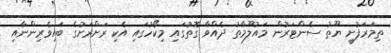
ތިމަރަފުށީ ޔޫތު ސެންޓަރުން މައުލޫމާތު ދެއްވާ ގޮތުގައި މިކޯހުގައި އެކި ރަށްރަށުގެ ބައިވެރިންނާއި